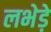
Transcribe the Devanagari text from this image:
लभेड़े